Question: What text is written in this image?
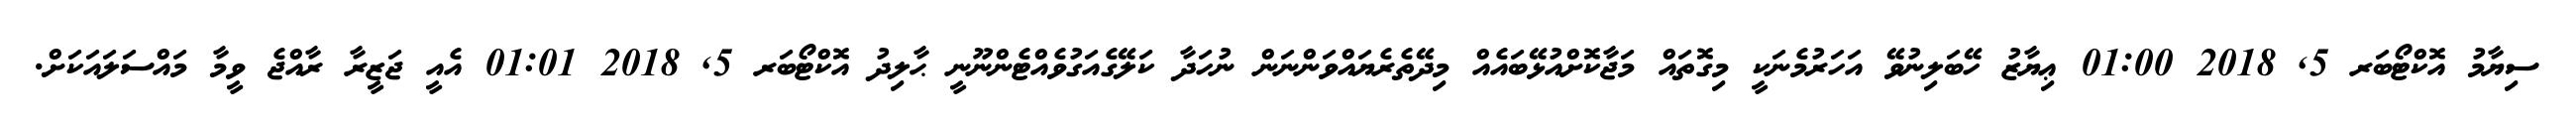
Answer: ސިޔާމު އޮކްޓޯބަރ 5, 2018 01:00 ޢިޔާޒު ހޭބަލިނުވޭ އަހަރުމެނަކީ މިގޮތައް މަޖާކޮށްއުޅޭބައެއް މިދޭތެރެޔައްވަންނަން ނުހަދާ ކަލޭގެއަގުވެއްޓެންނޫނީ ޙާލިދު އޮކްޓޯބަރ 5, 2018 01:01 އެއީ ޖަޒީރާ ރާއްޖެ ވީމާ މައްސަލައަކަށް.